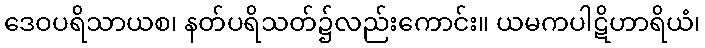
ဒေဝပရိသာယစ၊ နတ်ပရိသတ်၌လည်းကောင်း။ ယမကပါဋိဟာရိယံ၊